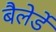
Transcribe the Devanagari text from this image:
बैलेर्डे